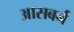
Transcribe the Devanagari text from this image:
आसबर्न